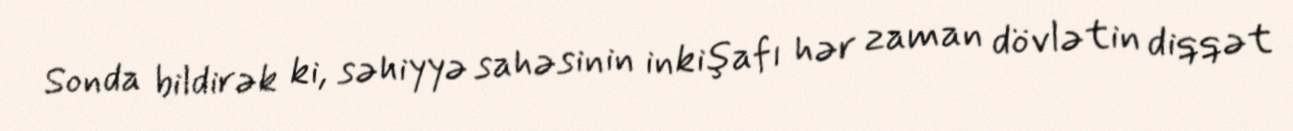
Sonda bildirək ki, səhiyyə sahəsinin inkişafı hər zaman dövlətin diqqət